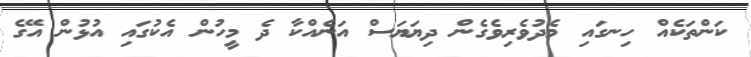
ކަންތަކެއް ހިނގައި މެދުވެރިވެގެން ދިޔަޔަސް އަނެއްކާ ދެ މީހުން އެކުގައި އުޅުން އޭގެ